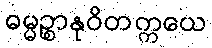
ဓမ္မဉ္စာနုဝိတက္ကယေ